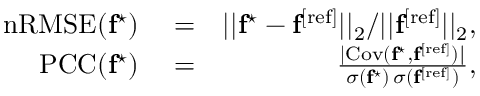
\begin{array} { r l r } { \mathrm { n R M S E } ( \mathbf { f } ^ { \star } ) } & { { } = } & { | | \mathbf { f } ^ { \star } - \mathbf { f } ^ { \mathrm { [ r e f ] } } | | _ { 2 } / | | \mathbf { f } ^ { \mathrm { [ r e f ] } } | | _ { 2 } , } \\ { \mathrm { P C C } ( \mathbf { f } ^ { \star } ) } & { { } = } & { \frac { \vert \mathrm { C o v ( \mathbf { f } ^ { \star } , \mathbf { f } ^ { \mathrm { [ r e f ] } } ) \vert } } { \sigma ( \mathbf { f } ^ { \star } ) \, \sigma ( \mathbf { f } ^ { \mathrm { [ r e f ] } } ) } , } \end{array}